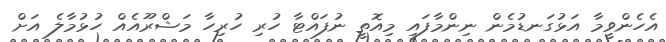
އެހެންވީމާ އަޅުގަނޑުމެން ނިންމާފައި މިއޮތީ ނުފައްޓާ ހުރި ހުރިހާ މަޝްރޫއެއް ހުޅުމާލެ އަށް